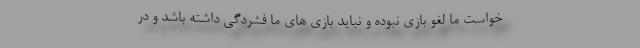
خواست ما لغو بازی نبوده و نباید بازی های ما فشردگی داشته باشد و در